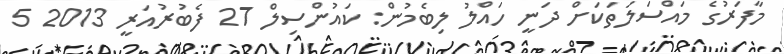
މާފަރުގެ މައްސަލަތަކަށް ދަނީ ހައްލު ލިބެމުން: ކައުންސިލް 27 ފެބުރުއަރީ 2013 5